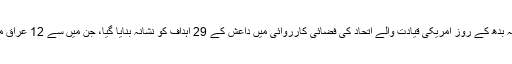
امریکی فوج کا کہنا ہے کہ بدھ کے روز امریکی قیادت والے اتحاد کی فضائی کارروائی میں داعش کے 29 اہداف کو نشانہ بنایا گیا، جن میں سے 12 عراق میں اور 17 شام میں تھے۔